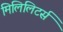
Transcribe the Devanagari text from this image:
मिलिलिटर्स